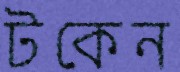
টকেন